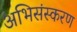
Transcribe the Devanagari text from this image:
अभिसंस्करण